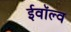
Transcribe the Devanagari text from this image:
ईवॉल्व